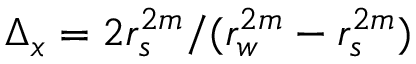
\Delta _ { x } = 2 r _ { s } ^ { 2 m } / ( r _ { w } ^ { 2 m } - r _ { s } ^ { 2 m } )